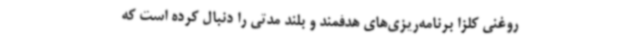
روغنی کلزا برنامه‌ریزی‌های هدفمند و بلند مدتی را دنبال کرده است که